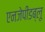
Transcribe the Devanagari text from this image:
एनजेपीडब्लू